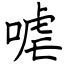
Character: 㖸